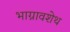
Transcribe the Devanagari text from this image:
भाग्नावशेथ